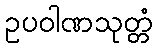
ဥပဝါဏသုတ္တံ